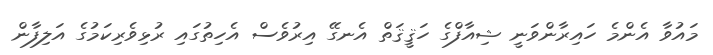
މައުވާ އެންމެ ހައިރާންވަނީ ޝިއާފްގެ ހަޤީޤަތް އެނގޭ އިރުވެސް އެހިތުގައި ރުޅިވެރިކަމުގެ އަލިފާން